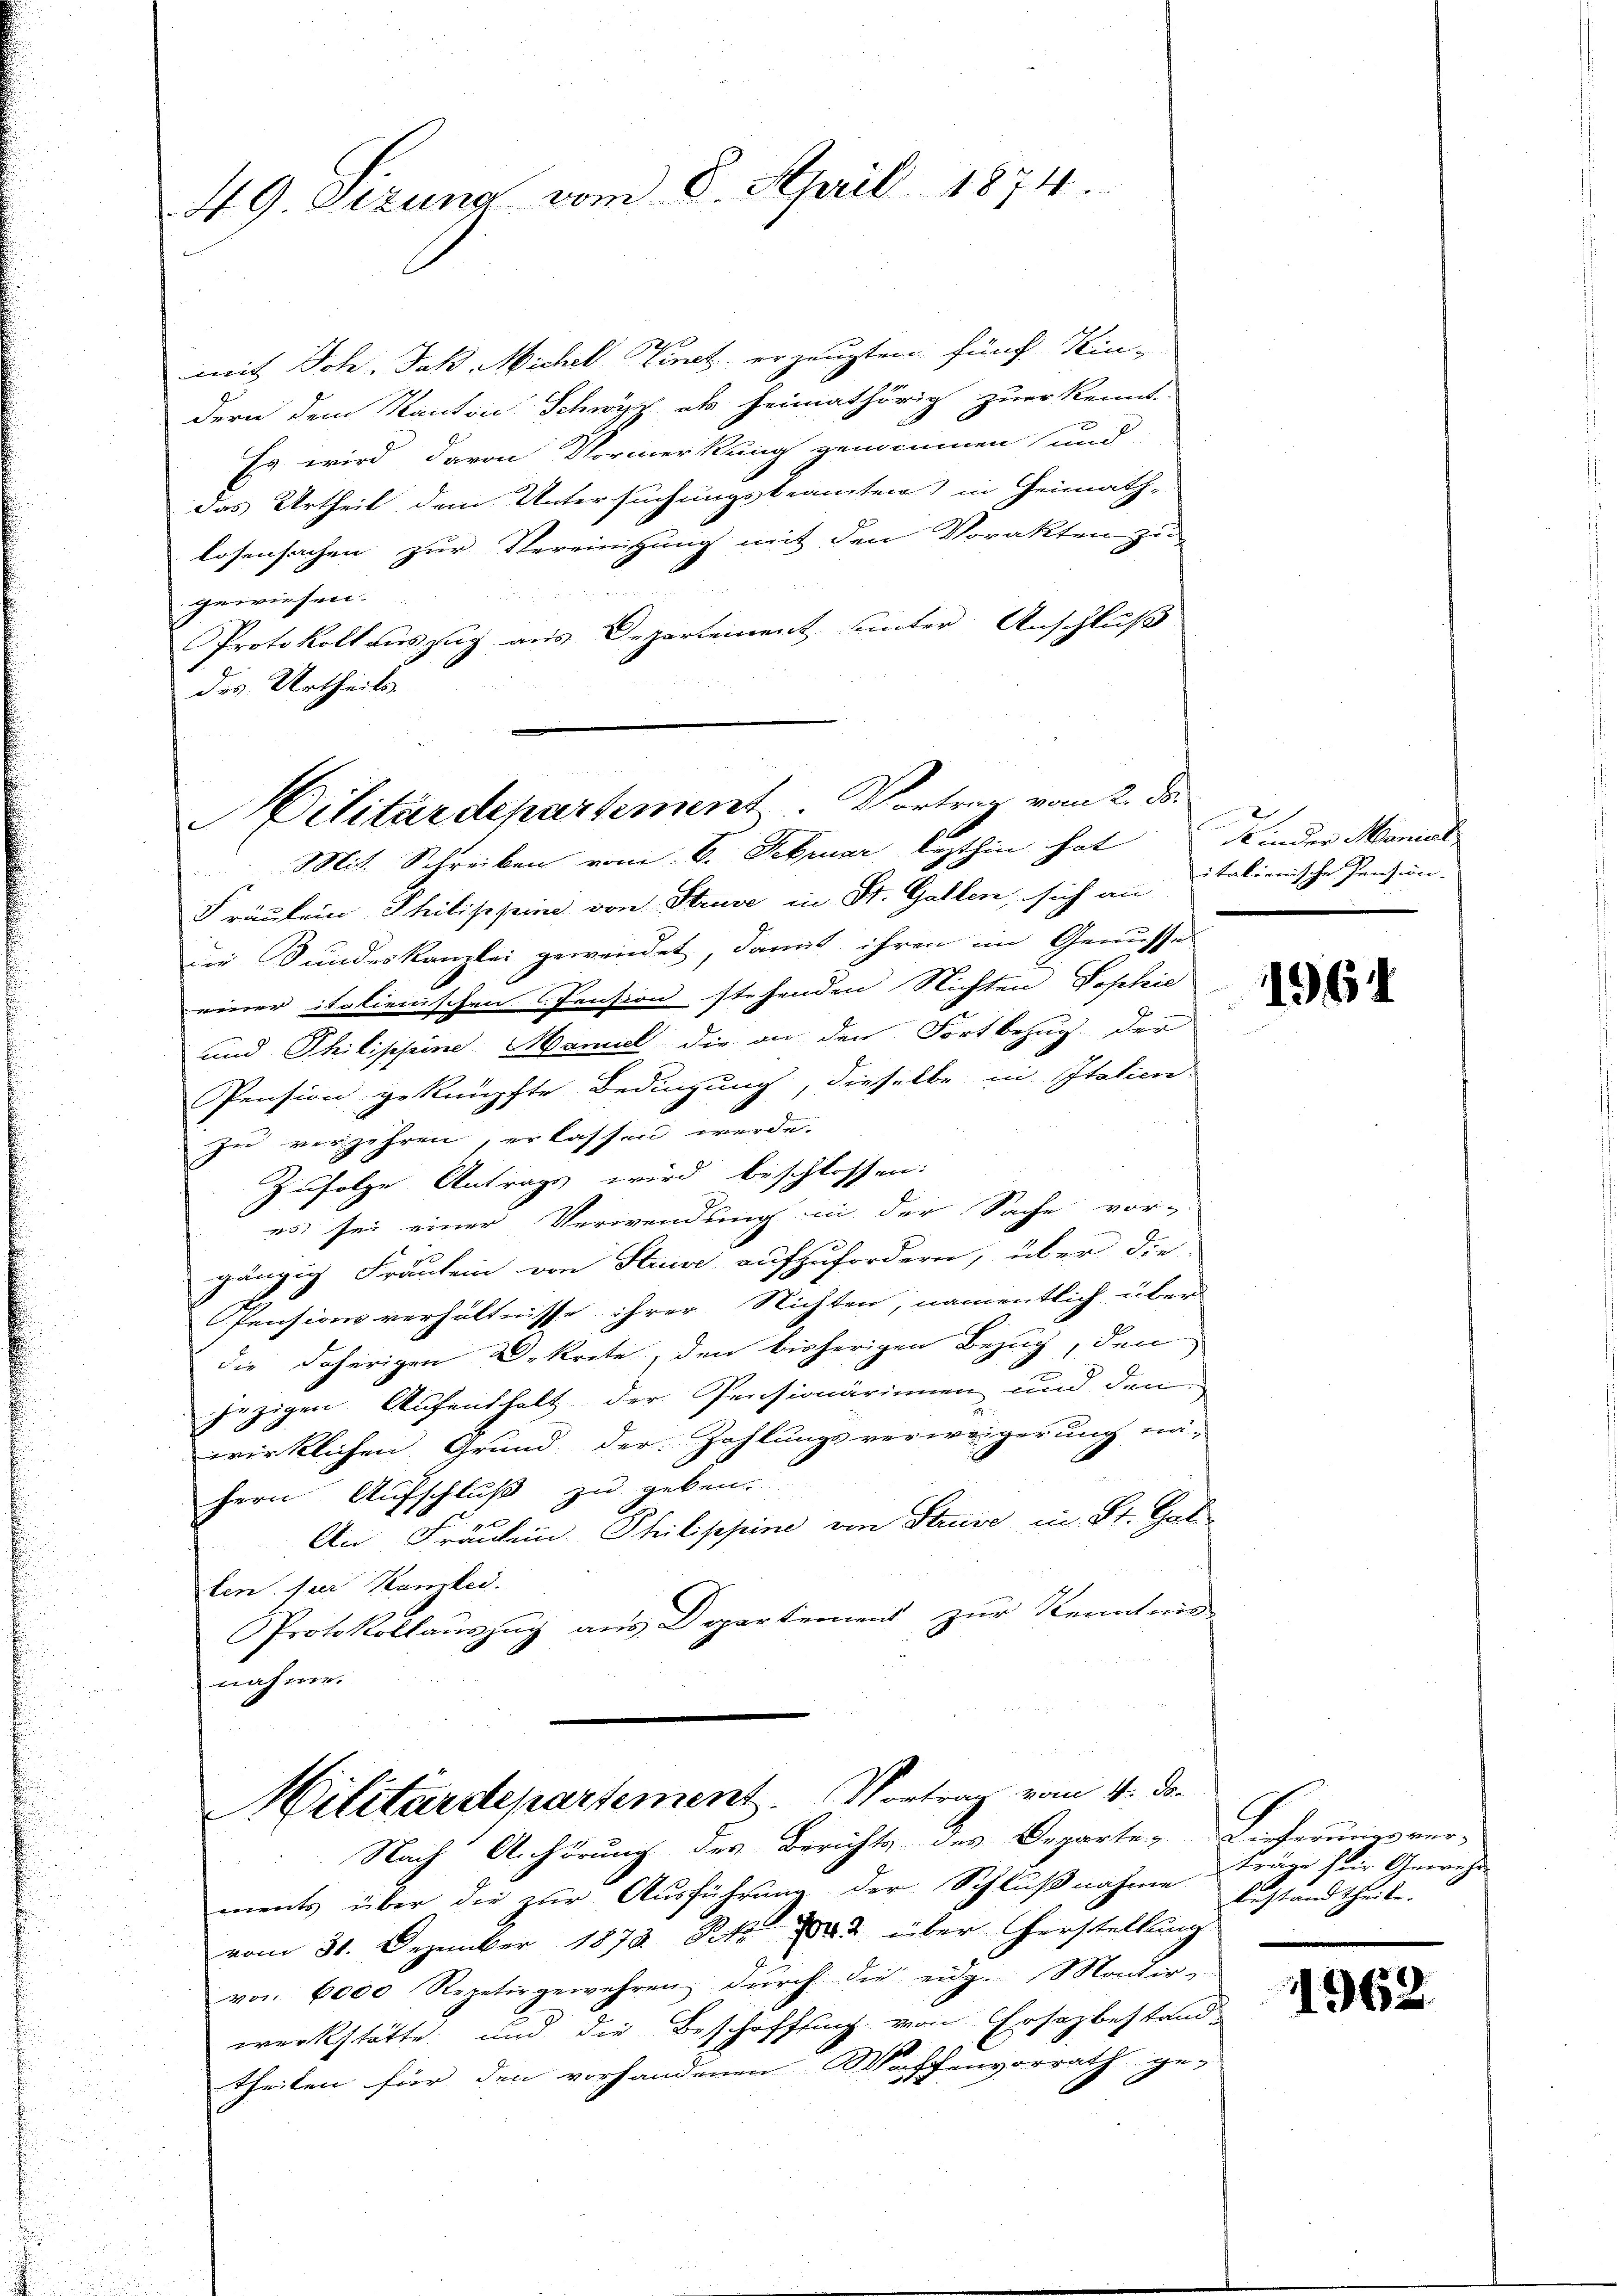
49 Dezung vom 8. April 1874.

h
mit Joh. Jak Michel einet erzeugten fünf Kindern dem Kanton Schwyz als heimathörig zuer kennt.
x
Es wird davon Vormerkung gewonnen und
das Urtheil dem Untersuchungsbeamten) in Heimath-
losensachen zur Vereinigung mit den Vorakten zu
gewiesen.
Protokoll auszug aus Departement unter Anschluß
des Urtheils
Mit Schreiben vom 6. Februar lezthin hat
Fräulein Philippine von Struve in St. Gallen, sich an Italienische Pension.
die Bundeskanzlei gewendet, damit ihren im Genusse
einer italienischen Pension stehenden Nichten Sophie
und Philippine Maniel die an den Fortbezug der
Pension geknüpfte Bedingung, dieselbe in Italien-
zu verzehren, erlassen werde.
Zufolge Antrags wird beschlossen:
es sei einer Verwendung in der Sache vor-
gänzig Fräulein von Stuwe aufzufordern, über die
Pensionsverhältnisse ihrer Nichten, namentlich über
die daherigen Dekrete, den bisherigen Bezug, den
jezigen Aufenthalt der Pensionärinnen und den
wirklichen Grund der Zahlungsverweigerung nähern Aufschluß zu geben.
An Fräulein Philippine von Struve in St. Gat
ten. fuer Kanlei
Protokollauszug aus Departement zur Kenntnis
nahme.
Militärdepartement. Vortrag vom 4. de
 Nach Anhörung des Berichts des Departe Lieferungsver-
ments über die zur Ausführung der Schlußnahme
vom 31. Dezember 1872 Rp. 1883 über Herstellung
von 6000 Repetirgewehren durch die eidg. Monter-
werkstätte und die Beschaffung von Ersazbestand
theilen für den vorhandenen Waffenvorrath ge-

ilitärdepartement. Vortrag vom 2. d.

Kinder Maniel

1961

träge für Gewähre
bestandtheile.

1962